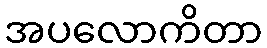
အပလောကိတာ